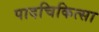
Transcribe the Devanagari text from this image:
पादचिकित्सा